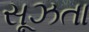
સૂઝતા